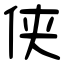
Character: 侠